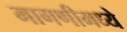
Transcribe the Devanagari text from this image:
मागणीमध्ये